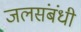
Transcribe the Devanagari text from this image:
जलसंबंधी